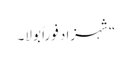
“شہزاد فوراً بولا۔